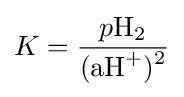
K={\frac {p{{\ce {H2}}}}{{\ce {(aH+)^2}}}}